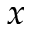
\boldsymbol { x }